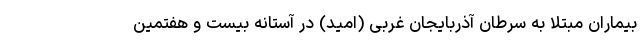
بیماران مبتلا به سرطان آذربایجان غربی (امید) در آستانه بیست و هفتمین